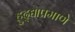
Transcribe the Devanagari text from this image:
हुद्द्याप्रमाणे